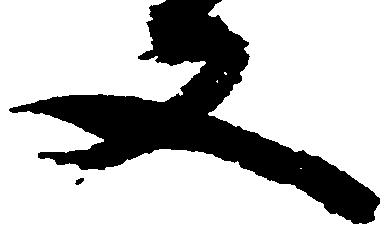
又